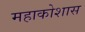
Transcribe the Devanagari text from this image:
महाकोशास